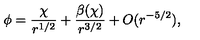
\phi = \frac { \chi } { r ^ { 1 / 2 } } + \frac { \beta ( \chi ) } { r ^ { 3 / 2 } } + O ( r ^ { - 5 / 2 } ) ,